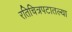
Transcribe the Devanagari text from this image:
रतिचित्रपटातल्या